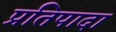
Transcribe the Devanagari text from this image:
प्रतिपादा